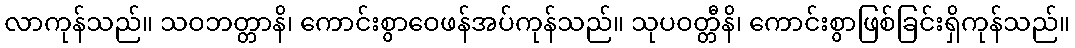
လာကုန်သည်။ သဝဘတ္တာနိ၊ ကောင်းစွာဝေဖန်အပ်ကုန်သည်။ သုပဝတ္တီနိ၊ ကောင်းစွာဖြစ်ခြင်းရှိကုန်သည်။